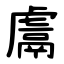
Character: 鬳